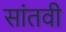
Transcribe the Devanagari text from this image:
सांतवी